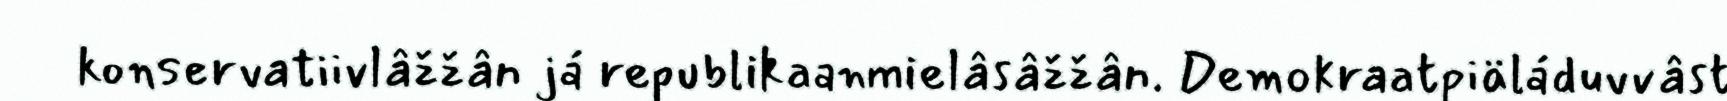
konservatiivlâžžân já republikaanmielâsâžžân. Demokraatpiäláduvvâst